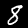
Label: 8